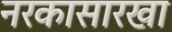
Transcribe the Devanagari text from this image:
नरकासारखा